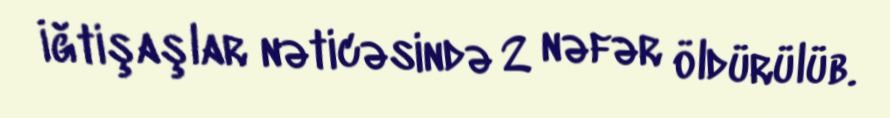
İğtişaşlar nəticəsində 2 nəfər öldürülüb.